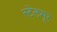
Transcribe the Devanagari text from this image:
स्टेलमूर